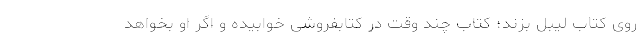
روی کتاب لیبل بزند؛ کتاب چند وقت در کتابفروشی خوابیده و اگر او بخواهد